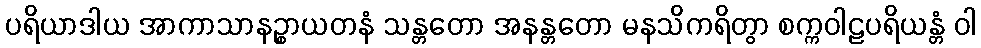
ပရိယာဒါယ အာကာသာနဉ္စာယတနံ သန္တတော အနန္တတော မနသိကရိတွာ စက္ကဝါဠပရိယန္တံ ဝါ